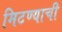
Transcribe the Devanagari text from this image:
मिटण्याची